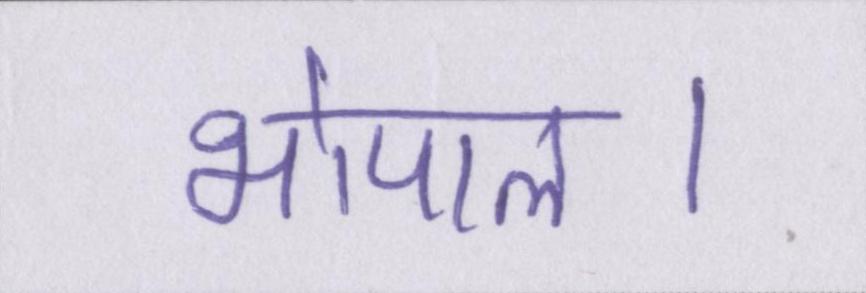
भोपाल।